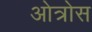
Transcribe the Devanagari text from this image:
ओत्रोस